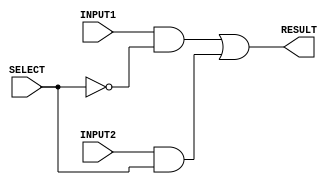
module mux_2to1_1bits(RESULT, INPUT1, INPUT2, SELECT);
	
	input INPUT1, INPUT2;			// 1-bit inputs 
	input SELECT;				// selection pin
	output RESULT;				// 1-bit output
	
	wire input1, input2, NOTSELECT;		// intermediate wires
	

	not n1(NOTSELECT,SELECT);
	and a1(input1,INPUT1,NOTSELECT);
	and a2(input2, INPUT2,SELECT);
	
	or o1(RESULT,input1,input2);
	
endmodule